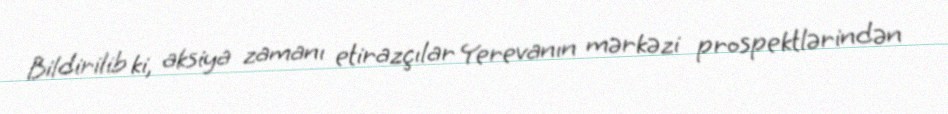
Bildirilib ki, aksiya zamanı etirazçılar Yerevanın mərkəzi prospektlərindən